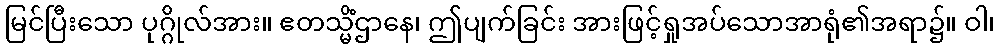
မြင်ပြီးသော ပုဂ္ဂိုလ်အား။ ဧတသ္မိံဌာနေ၊ ဤပျက်ခြင်း အားဖြင့်ရှုအပ်သောအာရုံ၏အရာ၌။ ဝါ၊